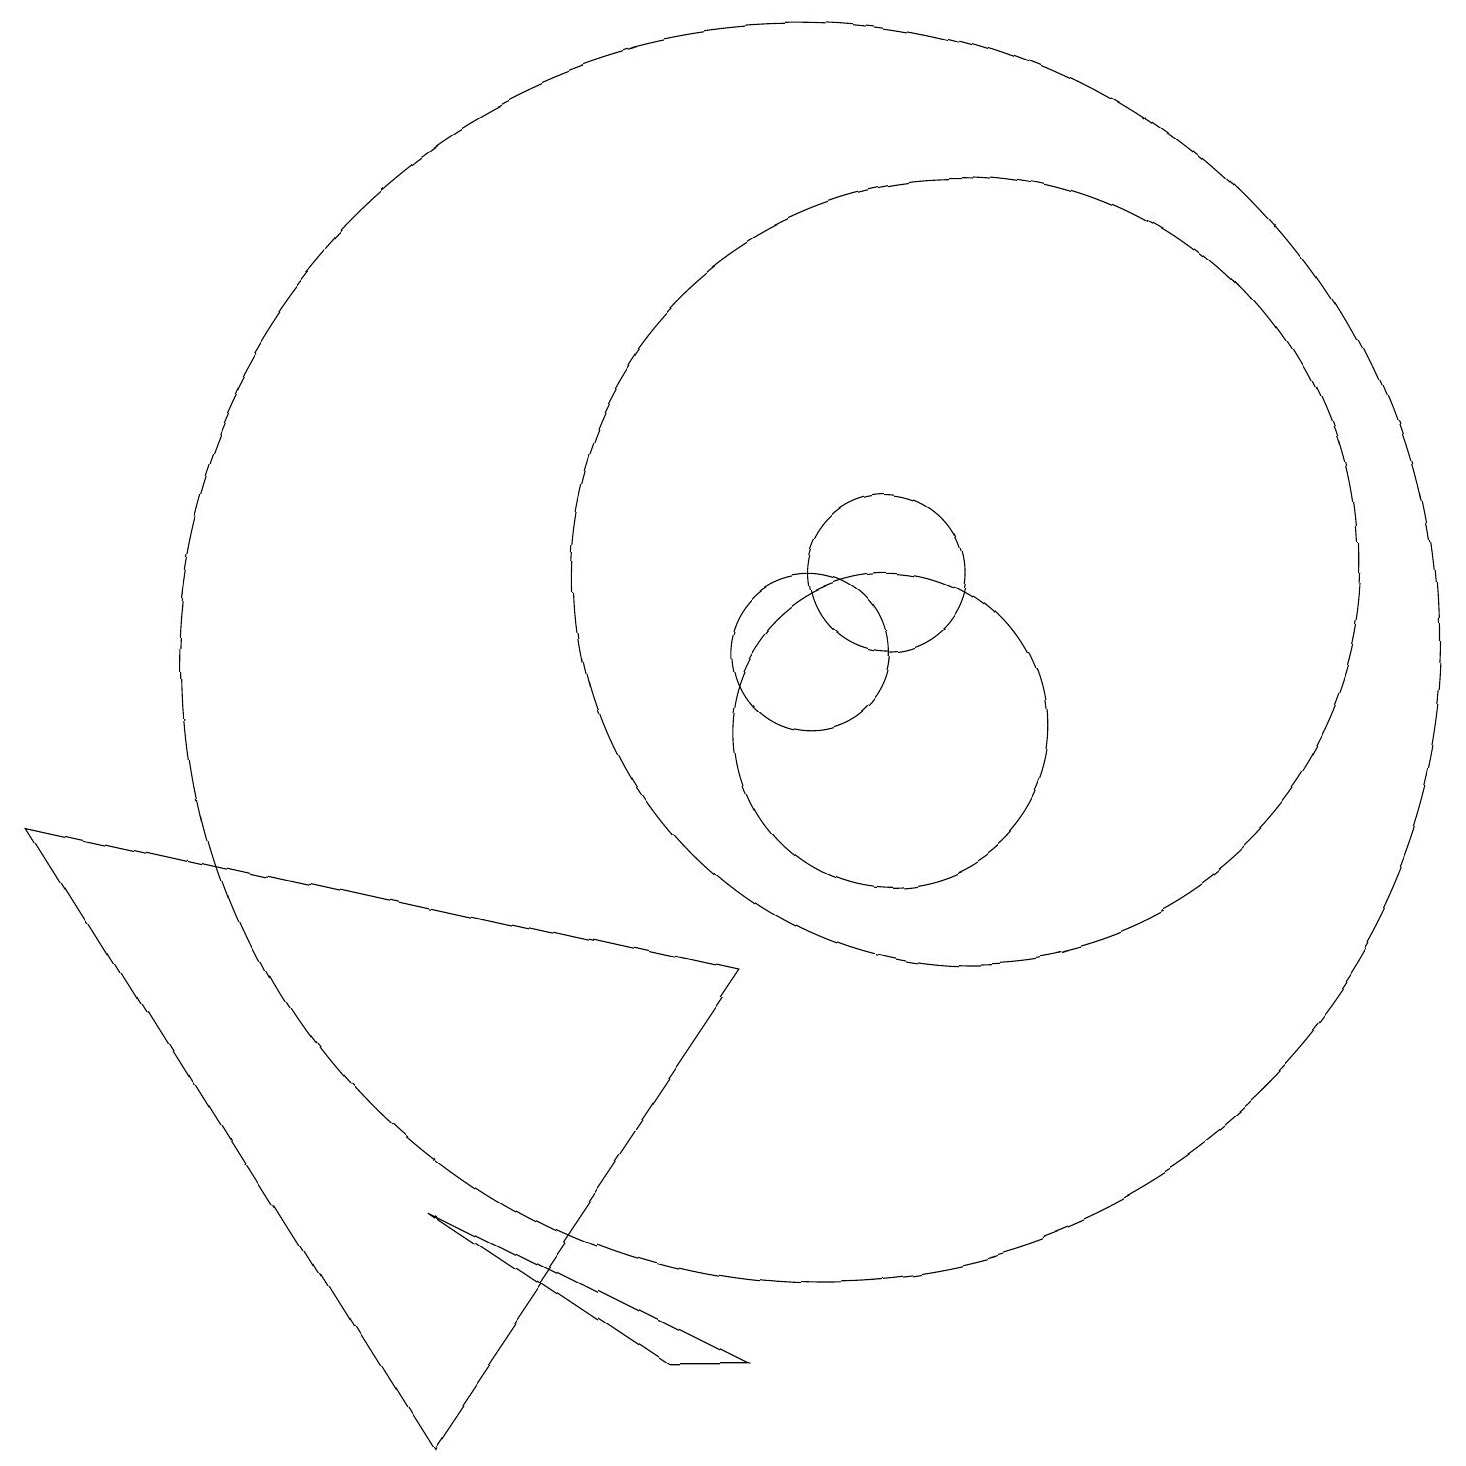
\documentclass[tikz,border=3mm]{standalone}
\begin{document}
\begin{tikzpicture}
\draw (10,11) circle (8);
\draw (11,12) circle (1);
\draw (10,11) circle (1);
\draw (5,1) -- (9,7) -- (0,9) -- cycle;
\draw (5,4) -- (8,2) -- (9,2) -- cycle;
\draw (11,10) circle (2);
\draw (12,12) circle (5);
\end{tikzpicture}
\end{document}